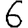
Digit: 6